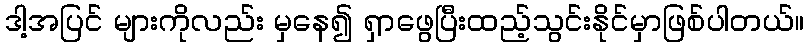
ဒါ့အပြင် များကိုလည်း မှနေ၍ ရှာဖွေပြီးထည့်သွင်းနိုင်မှာဖြစ်ပါတယ်။